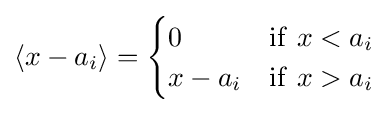
\langle x-a_{i}\rangle ={\begin{cases}0&\mathrm {if} ~x<a_{i}\\x-a_{i}&\mathrm {if} ~x>a_{i}\end{cases}}